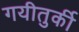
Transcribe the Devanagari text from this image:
गयीतुर्की